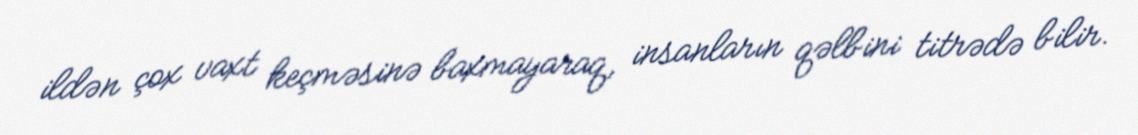
ildən çox vaxt keçməsinə baxmayaraq, insanların qəlbini titrədə bilir.